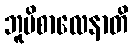
ဘူမိစာလေနာတိ